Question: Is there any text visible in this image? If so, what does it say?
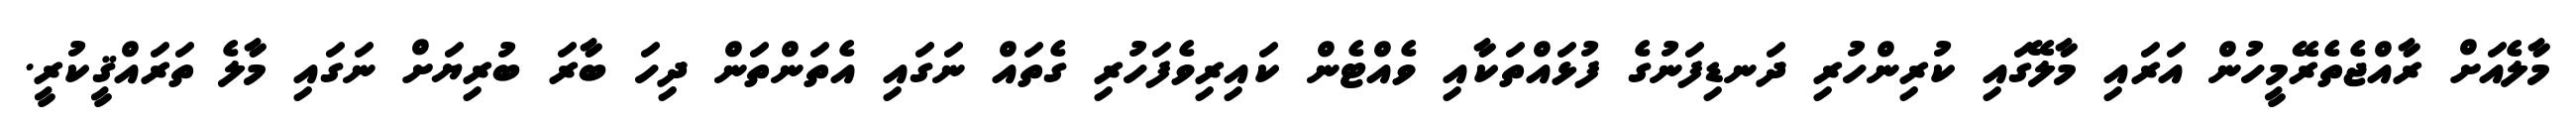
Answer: މާލެއަށް ރާއްޖެތެރޭމީހުން އަރައި މާލޭގައި ކުރިންހުރި ދަނޑިފަނުގެ ފުޅައްތަކާއި ވެއްޓެން ކައިރިވެފަހުރި ގެތައް ނަގައި އެތަންތަން ދިހަ ބާރަ ބުރިޔަށް ނަގައި މާލެ ތަރައްޤީކުރީ.